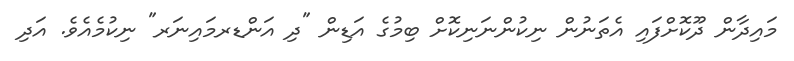
މައިދާން ދޫކޮށްފައި އެތަނުން ނިކުންނަނިކޮށް ބިމުގެ އަޑިން "ދި އަންޑރމައިނަރ" ނިކުމެއެވެ. އަދި